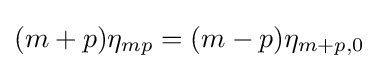
(m+p)\eta _{mp}=(m-p)\eta _{m+p,0}